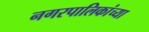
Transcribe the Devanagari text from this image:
नगरपालिकांच्या